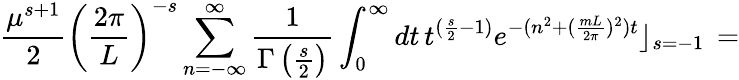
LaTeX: \frac{\mu^{s+1}}{2}\left(\frac{2\pi}{L}\right)^{-s}\sum_{n=-\infty}^{\infty}\frac{1}{\Gamma\left(\frac{s}{2}\right)}\int_{0}^{\infty}dt\, t^{(\frac{s}{2}-1)}e^{-(n^{2}+(\frac{mL}{2\pi})^{2})t}\rfloor_{s=-1}\, =